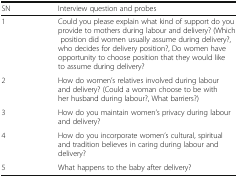
| SN | Interview question and probes |
 | --- | --- |
 | 1 | Could you please explain what kind of support do you provide to mothers during labour and delivery? (Which position did women usually assume during delivery?, who decides for delivery position?, Do women have opportunity to choose position that they would like to assume during delivery? |
 | 2 | How do women’s relatives involved during labour and delivery? (Could a woman choose to be with her husband during labour?, What barriers?) |
 | 3 | How do you maintain women’s privacy during labour and delivery? |
 | 4 | How do you incorporate women’s cultural, spiritual and tradition believes in caring during labour and delivery? |
 | 5 | What happens to the baby after delivery? |